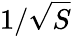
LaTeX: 1/{\sqrt{S}}